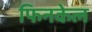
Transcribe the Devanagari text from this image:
फिनकेल